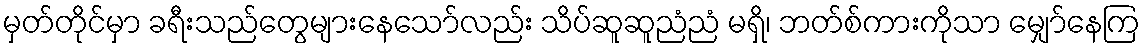
မှတ်တိုင်မှာ ခရီးသည်တွေများနေသော်လည်း သိပ်ဆူဆူညံညံ မရှိ၊ ဘတ်စ်ကားကိုသာ မျှော်နေကြ